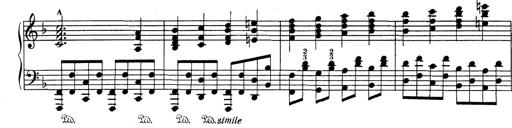
Title: Variationen Ã¼ber das Motiv von Bach
Composer: Franz Liszt